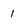
Character: I